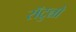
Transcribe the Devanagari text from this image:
राॅटुन्नो